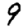
Digit: 9